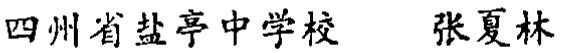
四川省盐亭中学校 张夏林